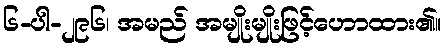
၆-ပါ-၂၉၆၊ အမည် အမျိုးမျိုးဖြင့်ဟောထား၏။